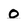
Character: o